Annual report of the Punjab Veterinary College and of the Civil Veterinary Department, Punjab - 1894-1908
Year: 1894
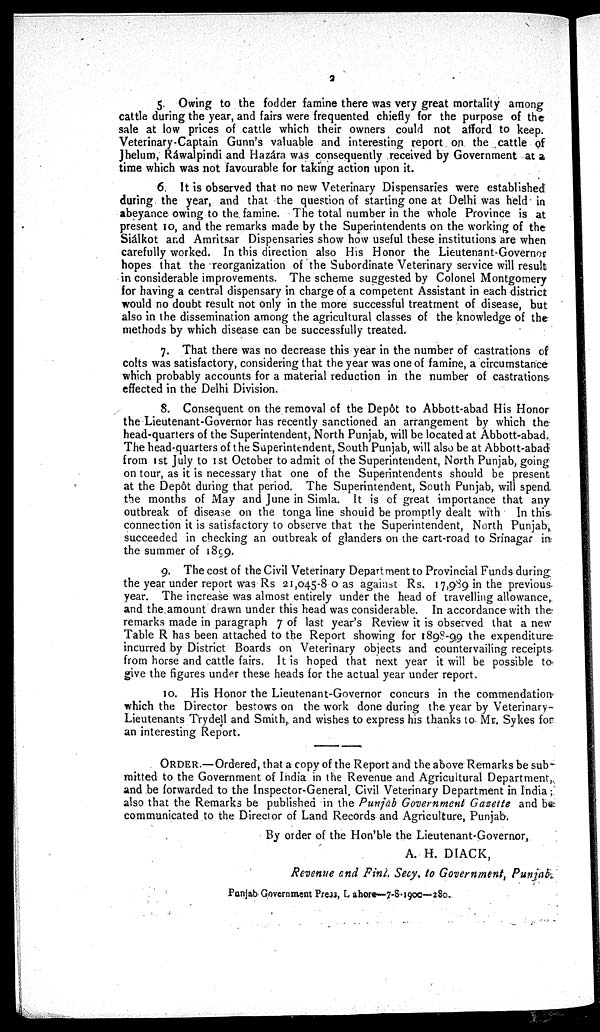
2
5. Owing to the fodder famine there was very great mortality among
cattle during the year, and fairs were frequented chiefly for the purpose of the
sale at low prices of cattle which their owners could not afford to keep.
Veterinary-Captain Gunn's valuable and interesting report on the cattle of
Jhelum, Ráwalpindi and Hazára was consequently received by Government at a
time which was not favourable for taking action upon it.
6. It is observed that no new Veterinary Dispensaries were established
during the year, and that the question of starting one at Delhi was held in
abeyance owing to the famine. The total number in the whole Province is at
present 10, and the remarks made by the Superintendents on the working of the
Siálkot and Amritsar Dispensaries show how useful these institutions are when
carefully worked. In this direction also His Honor the Lieutenant-Governor
hopes that the reorganization of the Subordinate Veterinary service will result
in considerable improvements. The scheme suggested by Colonel Montgomery
for having a central dispensary in charge of a competent Assistant in each district
would no doubt result not only in the more successful treatment of disease, but
also in the dissemination among the agricultural classes of the knowledge of the
methods by which disease can be successfully treated.
7. That there was no decrease this year in the number of castrations of
colts was satisfactory, considering that the year was one of famine, a circumstance
which probably accounts for a material reduction in the number of castrations
effected in the Delhi Division.
8. Consequent on the removal of the Depôt to Abbott-abad His Honor
the Lieutenant-Governor has recently sanctioned an arrangement by which the
head-quarters of the Superintendent, North Punjab, will be located at Abbott-abad.
The head-quarters of the Superintendent, South Punjab, will also be at Abbott-abad
from 1st July to 1st October to admit of the Superintendent, North Punjab, going
on tour, as it is necessary that one of the Superintendents should be present
at the Depôt during that period. The Superintendent, South Punjab, will spend
the months of May and June in Simla. It is of great importance that any
outbreak of disease on the tonga line should be promptly dealt with In this
connection it is satisfactory to observe that the Superintendent, North Punjab,
succeeded in checking an outbreak of glanders on the cart-road to Srínagar in
the summer of 1899.
9. The cost of the Civil Veterinary Department to Provincial Funds during
the year under report was Rs 21,045-80 as against Rs. 17,989 in the previous
year. The increase was almost entirely under the head of travelling allowance,
and the amount drawn under this head was considerable. In accordance with the
remarks made in paragraph 7 of last year's Review it is observed that a new
Table R has been attached to the Report showing for 1898-99 the expenditure
incurred by District Boards on Veterinary objects and countervailing receipts
from horse and cattle fairs. It is hoped that next year it will be possible to
give the figures under these heads for the actual year under report.
10. His Honor the Lieutenant-Governor concurs in the commendation
which the Director bestows on the work done during the year by Veterinary-
Lieutenants Trydell and Smith, and wishes to express his thanks to Mr. Sykes for
an interesting Report.
ORDER.—Ordered, that a copy of the Report and the above Remarks be sub-
mitted to the Government of India in the Revenue and Agricultural Department,
and be forwarded to the Inspector-General, Civil Veterinary Department in India;
also that the Remarks be published in the Punjab Government Gazette and be
communicated to the Director of Land Records and Agriculture, Punjab.
By order of the Hon'ble the Lieutenant-Governor,
A. H. DIACK,
Revenue and Finl, Secy. to Government, Punjab.
Punjab Government Press, Lahore—7-8-1900—280.